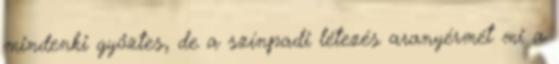
mindenki győztes, de a színpadi létezés aranyérmét mi a